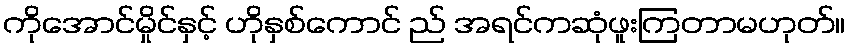
ကိုအောင်မှိုင်နှင့် ဟိုနှစ်ကောင် ည် အရင်ကဆုံဖူးကြတာမဟုတ်။